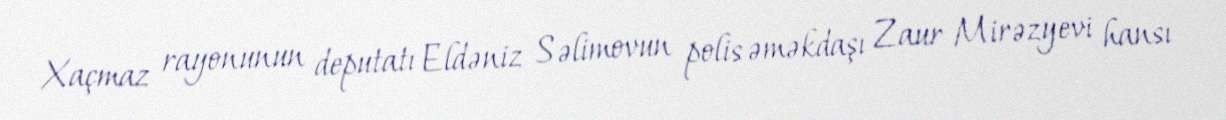
Xaçmaz rayonunun deputatı Eldəniz Səlimovun polis əməkdaşı Zaur Mirəzyevi hansı